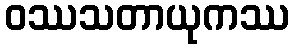
ဝဿသတာယုကဿ